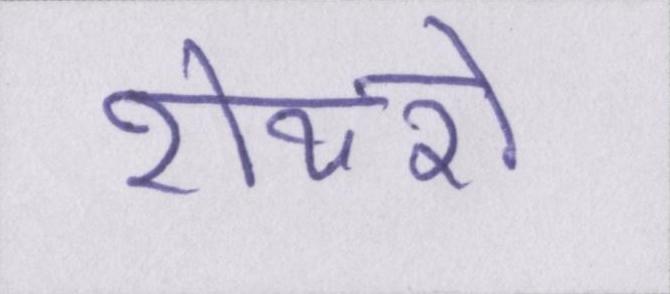
शेयरों